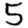
Digit: 5